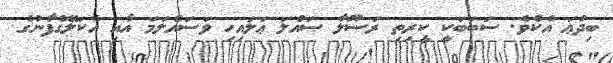
ބިދުޢަ އެކެވެ. ސަބަބަކީ ކީރިތި ރަސޫލާ ޞައްލަ ޢަލައިހި ވަސައްލަމަ އާއި އެކަލޭގެފާނުގެ